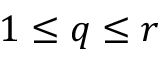
1 \le q \le r